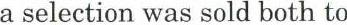
a selection was sold both to